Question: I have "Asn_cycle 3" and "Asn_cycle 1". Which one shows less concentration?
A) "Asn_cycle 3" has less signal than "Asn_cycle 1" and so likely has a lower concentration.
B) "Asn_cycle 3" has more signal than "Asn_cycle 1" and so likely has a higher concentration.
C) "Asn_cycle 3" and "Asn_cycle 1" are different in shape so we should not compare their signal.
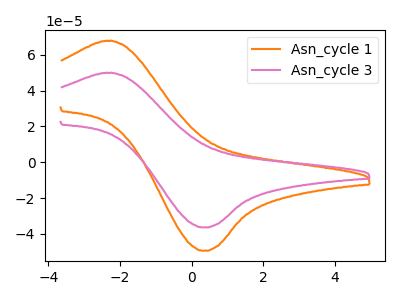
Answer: <think>The orange curve "Asn_cycle 1" has an anodic peak at (-2.35V, 67.75uA) and a cathodic peak at (0.30V, -49.35uA). The pink curve "Asn_cycle 3" has an anodic peak at (-2.35V, 49.90uA) and a cathodic peak at (0.30V, -36.35uA).
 All the peaks in "Asn_cycle 3" have a peak in "Asn_cycle 1" at the same potential. Every peak in "Asn_cycle 3" is lower than every peak in "Asn_cycle 1".</think>
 <answer>A) "Asn_cycle 3" has less signal than "Asn_cycle 1" and so likely has a lower concentration.</answer>
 <eval>A</eval>